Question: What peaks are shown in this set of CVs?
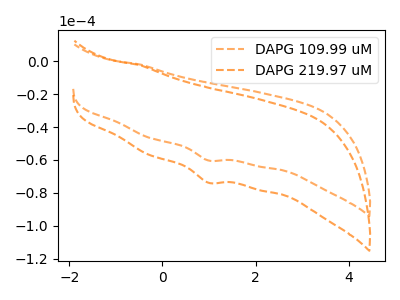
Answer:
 <answer>The orange dashed curve "DAPG 109.99 uM" has a cathodic peak at: (1.00V, -60.30uA). The orange dashed curve "DAPG 219.97 uM" has a cathodic peak at: (1.00V, -73.80uA).</answer>
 <eval></eval>